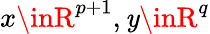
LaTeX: x\inR^{p+1},\mathit{y}\inR^{q}